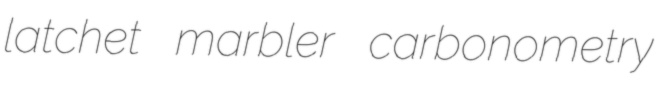
latchet marbler carbonometry